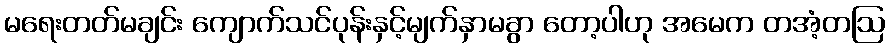
မရေးတတ်မချင်း ကျောက်သင်ပုန်းနှင့်မျက်နှာမခွာ တော့ပါဟု အမေက တအံ့တဩ